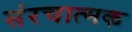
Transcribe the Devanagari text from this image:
संरचात्मक